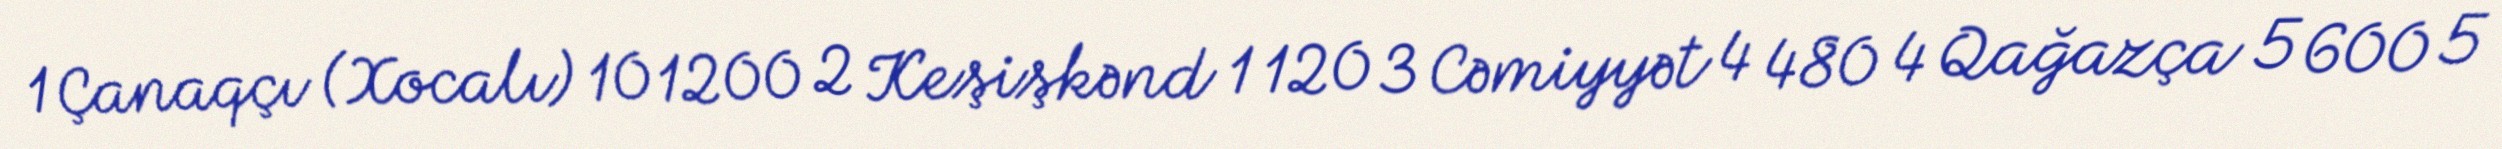
1 Çanaqçı (Xocalı) 10 1200 2 Keşişkənd 1 120 3 Cəmiyyət 4 480 4 Qağazça 5 600 5